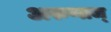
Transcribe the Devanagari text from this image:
अरुणाज्